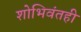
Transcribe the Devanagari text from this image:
शोभिवंतही